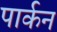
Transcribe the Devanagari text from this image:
पार्कन